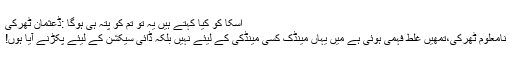
اسکا کو کیا کہتے ہیں یہ تو تم کو پتہ ہی ہوگا :ڈعثمان ٹھرکی
نامعلوم ٹھرکی،تمھیں غلط فہمی ہوئی ہے میں یہاں مینڈک کسی مینڈکی کے لیئے نہیں بلکہ ڈائی سیکشن کے لیئے پکڑنے آیا ہوں!